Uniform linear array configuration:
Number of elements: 64
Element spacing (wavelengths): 1
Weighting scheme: cosine
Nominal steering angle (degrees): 0
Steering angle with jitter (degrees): -1.118
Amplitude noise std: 0.05
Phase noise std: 0.05

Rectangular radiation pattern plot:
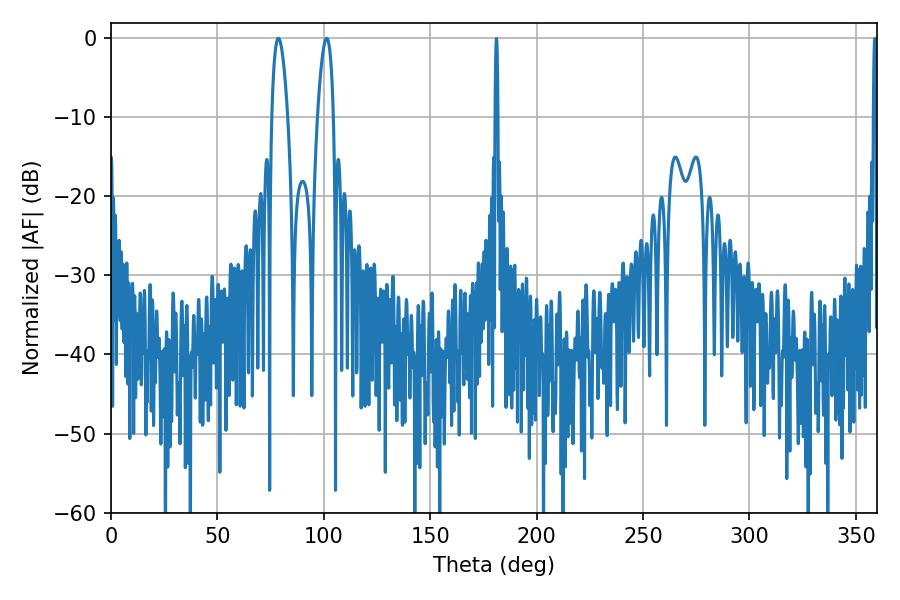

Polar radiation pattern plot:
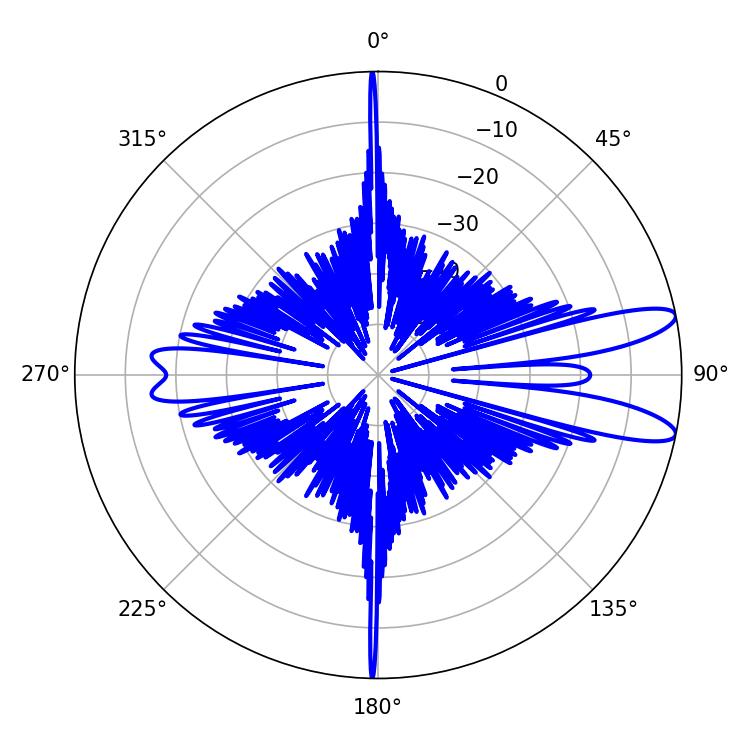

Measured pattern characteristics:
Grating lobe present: TRUE
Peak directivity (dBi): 11.301
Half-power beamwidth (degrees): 4.14
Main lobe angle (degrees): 78.66